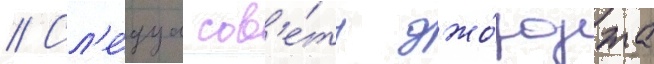
// Сл'е́дуа сов'е́ту джо́рджа